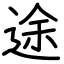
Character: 途